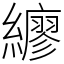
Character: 𦆲